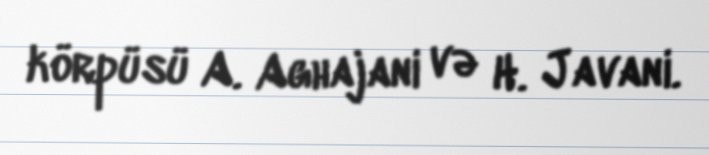
körpüsü A. Aghajani və H. Javani.